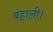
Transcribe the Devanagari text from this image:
बहाली।